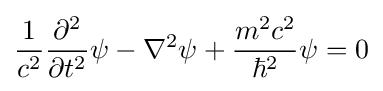
{\frac {1}{c^{2}}}{\frac {\partial ^{2}}{\partial t^{2}}}\psi -\nabla ^{2}\psi +{\frac {m^{2}c^{2}}{\hbar ^{2}}}\psi =0